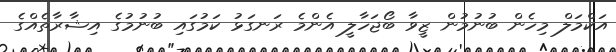
އަކްމަލް މިހެން ބުނުމުން ޒީވާ ބޯޖަހާލީ އެންމެ ރަނގަޅު ކަމުގައި ބުނުމުގެ އިޝާރާތެއްގެ